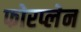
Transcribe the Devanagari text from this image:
फोरप्लेन